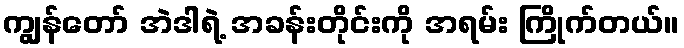
ကျွန်တော် အဲဒါရဲ့ အခန်းတိုင်းကို အရမ်း ကြိုက်တယ်။